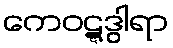
ကေဝဋ္ဋဒွါရာ